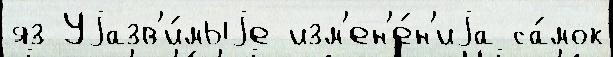
яз Уjазв'и́мыjе изм'ен'е́н'иjа са́мок